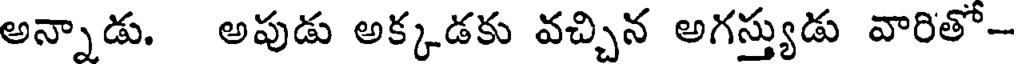
అన్నాడు. అపుడు అక్కడకు వచ్చిన అగస్త్యుడు వారితో-